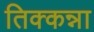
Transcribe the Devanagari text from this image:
तिक्कन्ना